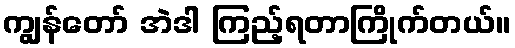
ကျွန်တော် အဲဒါ ကြည့်ရတာကြိုက်တယ်။